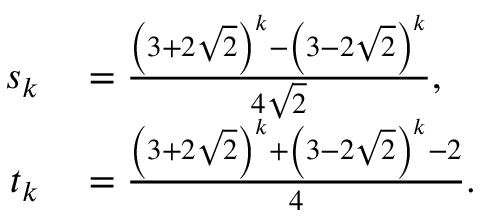
\begin{array} { r l } { s _ { k } } & { { } = { \frac { \left( 3 + 2 { \sqrt { 2 } } \right) ^ { k } - \left( 3 - 2 { \sqrt { 2 } } \right) ^ { k } } { 4 { \sqrt { 2 } } } } , } \\ { t _ { k } } & { { } = { \frac { \left( 3 + 2 { \sqrt { 2 } } \right) ^ { k } + \left( 3 - 2 { \sqrt { 2 } } \right) ^ { k } - 2 } { 4 } } . } \end{array}